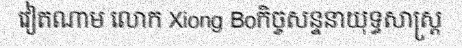
វៀតណាម លោក Xiong Boកិច្ចសន្ទនាយុទ្ធសាស្ត្រ